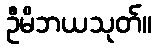
ဦမိဘယသုတ်။